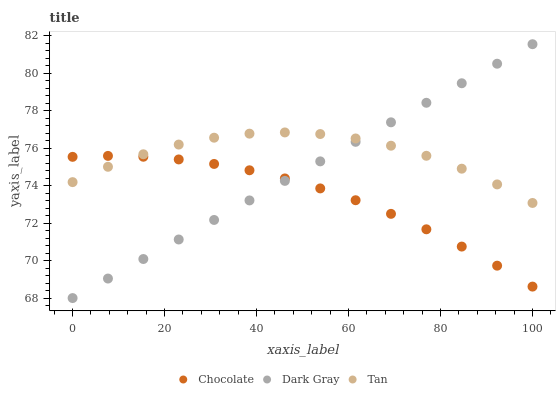
| xaxis_label | Chocolate | Dark Gray | Tan |
 | --- | --- | --- | --- |
 | 0 | 75.5 | 68 | 74.2 |
 | 7.69 | 75.6 | 69 | 75 |
 | 15.4 | 75.5 | 70.1 | 75.7 |
 | 23.1 | 75.4 | 71.1 | 76.2 |
 | 30.8 | 75.2 | 72.2 | 76.6 |
 | 38.5 | 74.8 | 73.2 | 76.8 |
 | 46.2 | 74.4 | 74.3 | 76.8 |
 | 53.8 | 73.9 | 75.3 | 76.8 |
 | 61.5 | 73.2 | 76.3 | 76.5 |
 | 69.2 | 72.5 | 77.4 | 76.1 |
 | 76.9 | 71.7 | 78.4 | 75.6 |
 | 84.6 | 70.8 | 79.5 | 74.9 |
 | 92.3 | 69.7 | 80.5 | 74.1 |
 | 100 | 68.6 | 81.6 | 73.1 |